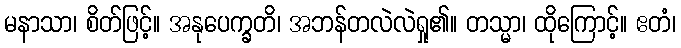
မနာသာ၊ စိတ်ဖြင့်။ အနုပေက္ခတိ၊ အဘန်တလဲလဲရှု၏။ တသ္မာ၊ ထိုကြောင့်။ ဧတံ၊